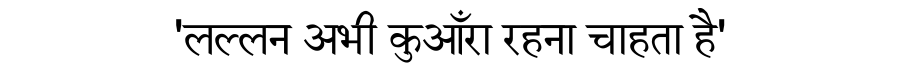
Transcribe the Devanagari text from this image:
'लल्लन अभी कुआँरा रहना चाहता है'